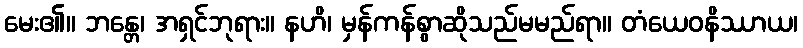
မေး၏။ ဘန္တေ၊ အရှင်ဘုရား။ နဟိ၊ မှန်ကန်စွာဆိုသည်မမည်ရာ။ တံယေဝနိဿာယ၊